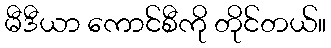
မီဒီယာ ကောင်စီကို တိုင်တယ်။